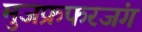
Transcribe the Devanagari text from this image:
मुजफ्रफरजंग